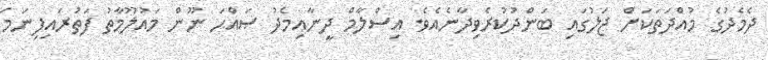
ދެމެދުގެ މުއްދަތަކަށް ޖަލުގައި ބަންދުކުރެވިދާނެއެވެ. އިސްލާމް ދީނާއިމެދު ޞައްޙަ ނޫން މައުލޫމާތު ފަތުރައިފިނަމަ